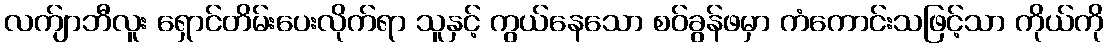
လက်ျာဘီလူး ရှောင်တိမ်းပေးလိုက်ရာ သူနှင့် ကွယ်နေသော စဝ်ခွန်ဖမှာ ကံကောင်းသဖြင့်သာ ကိုယ်ကို